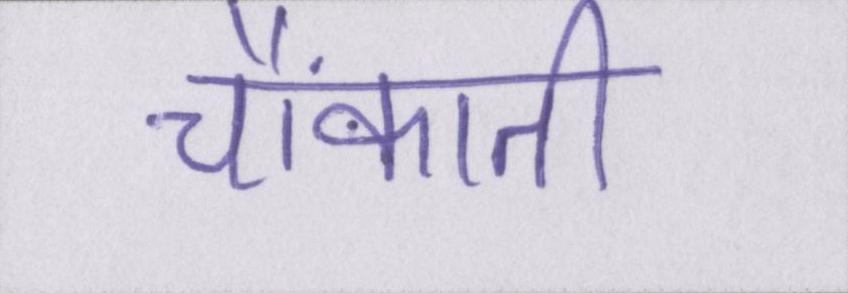
चौंकाती